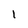
Character: I